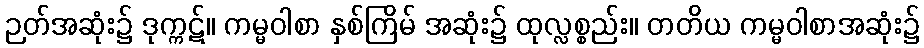
ဉတ်အဆုံး၌ ဒုက္ကဋ်။ ကမ္မဝါစာ နှစ်ကြိမ် အဆုံး၌ ထုလ္လစ္စည်း။ တတိယ ကမ္မဝါစာအဆုံး၌